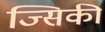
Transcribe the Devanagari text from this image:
ज्सिकी